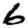
Digit: 6